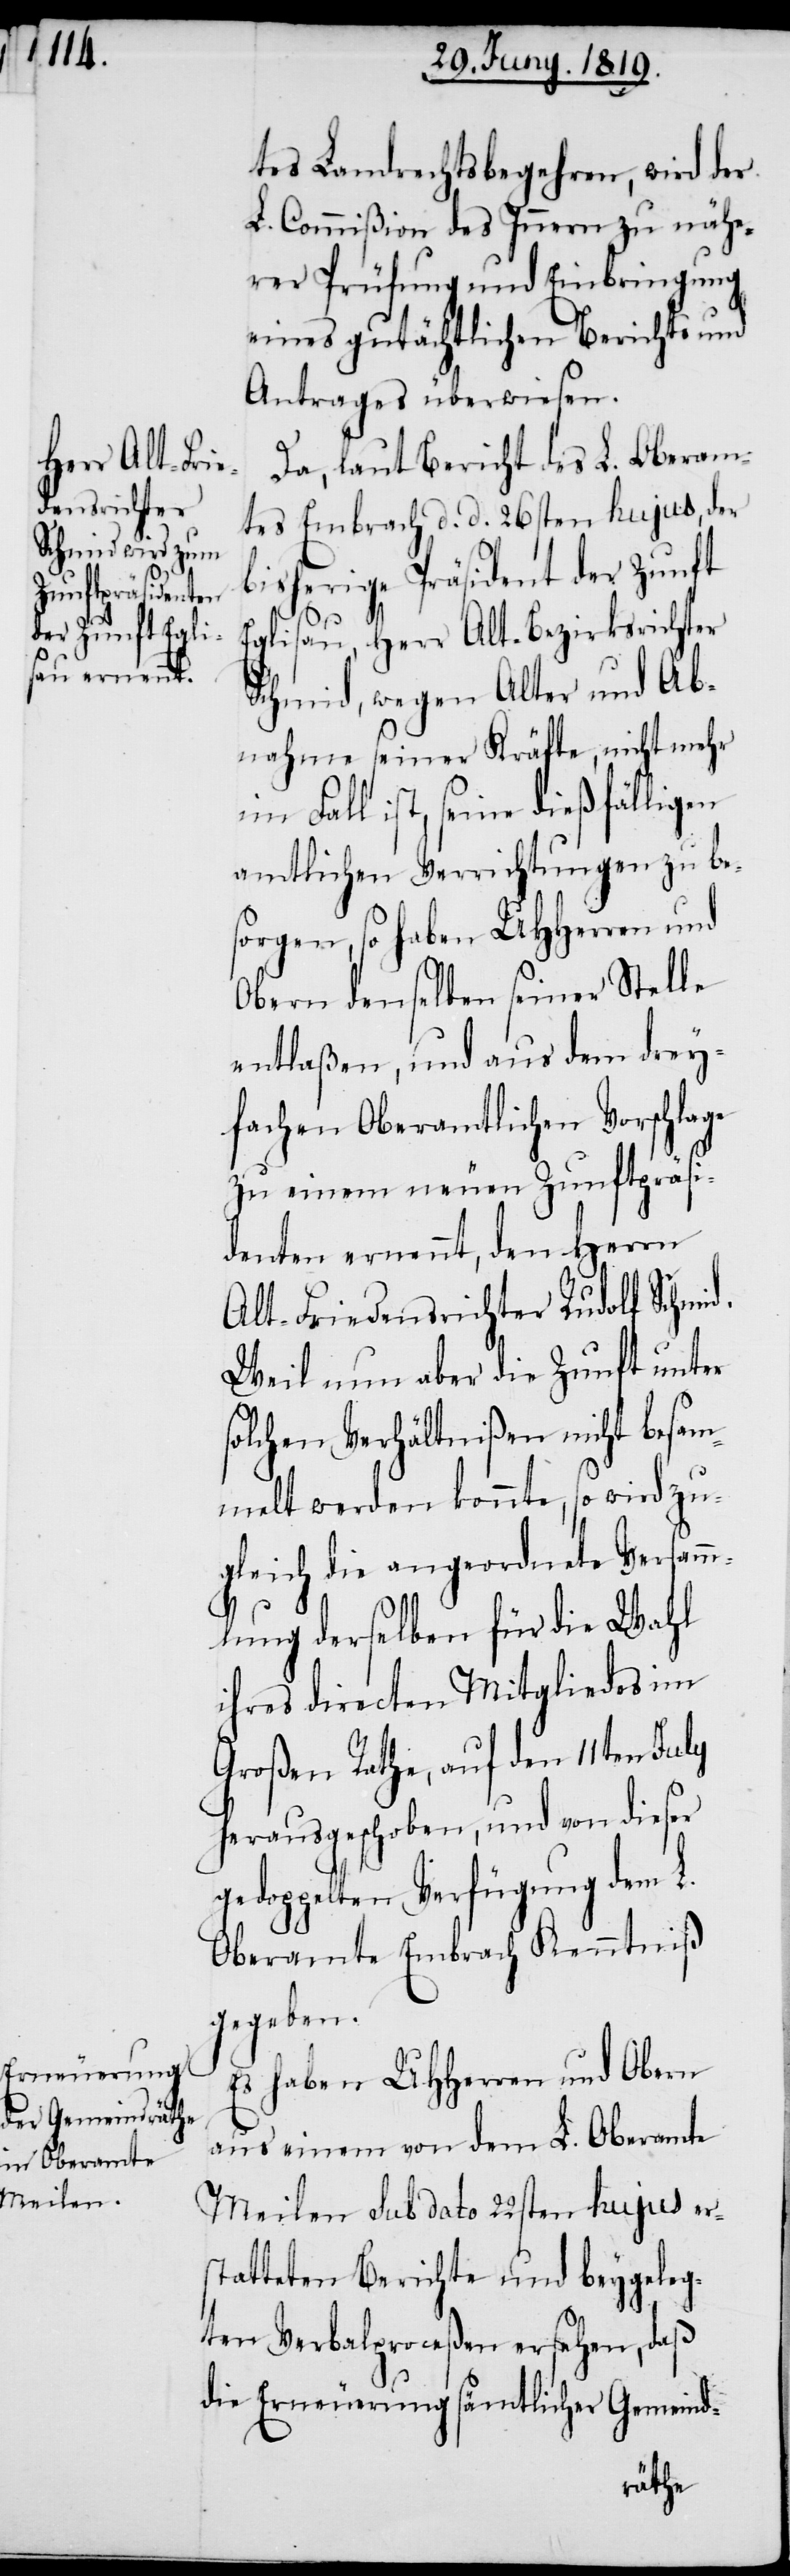
tes Landrechtsbegehren, wird der
L. Commißion des Innern zu nähe¬
rer Prüfung und Einbringung
eines gutächtlichen Berichts und
Antrages überwiesen.
Da, laut Bericht des L. Oberam¬
tes Embrach d. d. 26sten hujus, der
bisherige Präsident der Zunft
d.
Eglisau, Herr Alt-Bezirksrichter
Schmid, wegen Alter und Ab¬
nahme seiner Kräfte, nicht mehr
im Fall ist, seine dießfälligen
amtlichen Verrichtungen zu be¬
sorgen, so haben UHHerren und
Obern denselben seiner Stelle
entlaßen, und aus dem drey¬
fachen Oberamtlichen Vorschlage
zu einem neuen Zunftpräsi¬
denten ernennt, den Herrn
Alt-Friedensrichter Rudolf Schmi¬
Weil nun aber die Zunft unter
solchen Verhältnißen nicht besam¬
melt werden konnte, so wird zu¬
gleich die angeordnete Versamm¬
lung derselben für die Wahl
ihres directen Mitgliedes im
Großen Rathe, auf den 11ten July
herausgeschoben, und von dieser
gedoppelten Verfügung dem L.
Oberamte Embrach Kenntniß
gegeben.
Es haben UHHerren und Obern
aus einem von dem L. Oberamte
Meilen sub dato 22ten hujus er¬
statteten Berichte und beygeleg¬
ten Verbalproceßen ersehen, daß
die Erneuerung sämtlicher Gemeind-